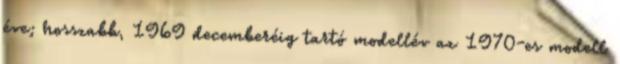
éve; hosszabb, 1969 decemberéig tartó modellév az 1970-es modell